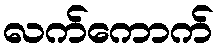
လက်ကောက်